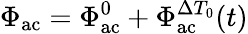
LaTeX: \Phi_{\mathrm{ac}}=\Phi_{\mathrm{ac}}^{0}+\Phi_{\mathrm{ac}}^{\Delta T_{0}}(t)